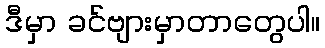
ဒီမှာ ခင်ဗျားမှာတာတွေပါ။